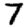
Digit: 7